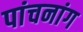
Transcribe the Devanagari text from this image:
पांचनांग